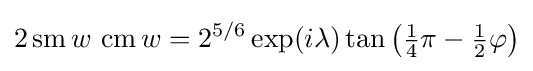
2\operatorname {sm} w\,\operatorname {cm} w=2^{5/6}\exp(i\lambda )\tan {\bigl (}{\tfrac {1}{4}}\pi -{\tfrac {1}{2}}\varphi {\bigr )}